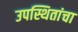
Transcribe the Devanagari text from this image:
उपस्थितांचा